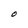
Character: O